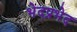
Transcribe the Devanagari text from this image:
भेदप्रभेद